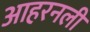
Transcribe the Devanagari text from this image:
आहरनली